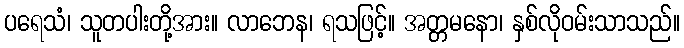
ပရေသံ၊ သူတပါးတို့အား။ လာဘေန၊ ရသဖြင့်။ အတ္တမနော၊ နှစ်လိုဝမ်းသာသည်။